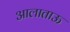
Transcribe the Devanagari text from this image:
आलाताऊ